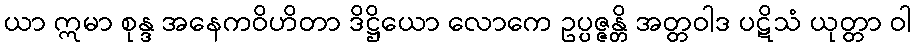
ယာ ဣမာ စုန္ဒ အနေကဝိဟိတာ ဒိဋ္ဌိယော လောကေ ဥပ္ပဇ္ဇန္တိ အတ္တဝါဒ ပဋိသံ ယုတ္တာ ဝါ